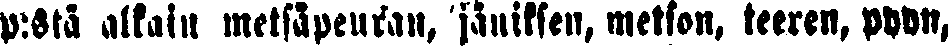
p:stä alkain metsäpeuran, jäniksen, metson, teeren, pyyn,